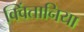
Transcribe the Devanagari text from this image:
क्विंतानिया